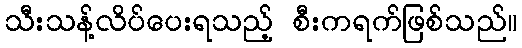
သီးသန့်လိပ်ပေးရသည့် စီးကရက်ဖြစ်သည်။